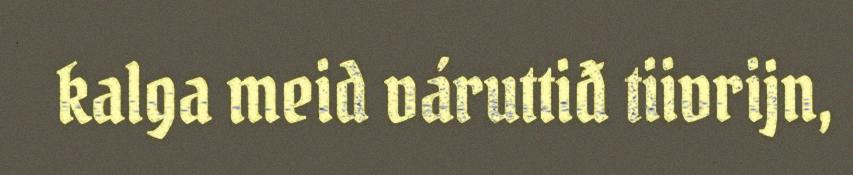
kalga meid váruttiđ tiivrijn,